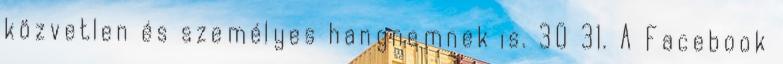
közvetlen és személyes hangnemnek is. 30 31. A Facebook